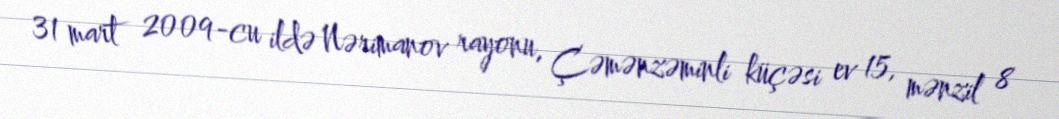
31 mart 2009-cu ildə Nərimanov rayonu, Çəmənzəminli küçəsi ev 15, mənzil 8